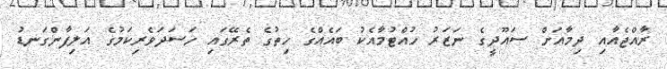
ރާއްޖެއާއި ދިމާއަށް ސައޫދީގެ ނަޒަރު ހުއްޓުމާއެކު ބައެއްގެ ހިތުގެ ތެރޭގައި ހަސަދަވެރިކަމުގެ އަލިފާންގަނޑު